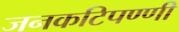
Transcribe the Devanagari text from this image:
जनकटिपण्णी